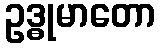
ဥဒ္ဓုမာတော